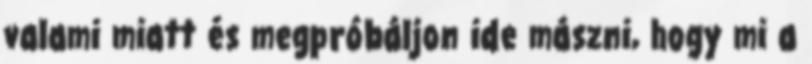
valami miatt és megpróbáljon ide mászni, hogy mi a